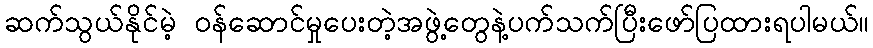
ဆက်သွယ်နိုင်မဲ့ ဝန်ဆောင်မှုပေးတဲ့အဖွဲ့တွေနဲ့ပက်သက်ပြီးဖော်ပြထားရပါမယ်။